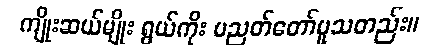
ကျိုးဆယ်မျိုး ရွယ်ကိုး ပညတ်တော်မူသတည်း။